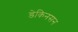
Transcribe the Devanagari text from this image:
डेकिनसन